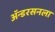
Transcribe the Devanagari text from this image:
ॲन्डरसनला